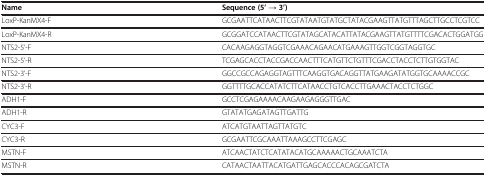
| Name | Sequence (5’ → 3’) |
 | --- | --- |
 | LoxP-KanMX4-F | GCGAATTCATAACTTCGTATAATGTATGCTATACGAAGTTATGTTTAGCTTGCCTCGTCC |
 | LoxP-KanMX4-R | GCGGATCCATAACTTCGTATAGCATACATTATACGAAGTTATGTTTTCGACACTGGATGG |
 | NTS2-5’-F | CACAAGAGGTAGGTCGAAACAGAACATGAAAGTTGGTCGGTAGGTGC |
 | NTS2-5’-R | TCGAGCACCTACCGACCAACTTTCATGTTCTGTTTCGACCTACCTCTTGTGGTAC |
 | NTS2-3’-F | GGCCGCCAGAGGTAGTTTCAAGGTGACAGGTTATGAAGATATGGTGCAAAACCGC |
 | NTS2-3’-R | GGTTTTGCACCATATCTTCATAACCTGTCACCTTGAAACTACCTCTGGC |
 | ADH1-F | GCCTCGAGAAAACAAGAAGAGGGTTGAC |
 | ADH1-R | GTATATGAGATAGTTGATTG |
 | CYC3-F | ATCATGTAATTAGTTATGTC |
 | CYC3-R | GCGAATTCGCAAATTAAAGCCTTCGAGC |
 | MSTN-F | ATCAACTATCTCATATACATGCAAAAACTGCAAATCTA |
 | MSTN-R | CATAACTAATTACATGATTGAGCACCCACAGCGATCTA |